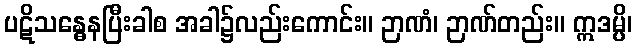
ပဋိသန္ဓေနပြီးခါစ အခါ၌လည်းကောင်း။ ဉာဏံ၊ ဉာဏ်တည်း။ ဣဒမ္ပိ၊